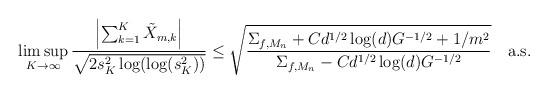
LaTeX: \begin{align*} \limsup_{K\to\infty}\frac{\left|\sum_{k=1}^K\tilde{X}_{m,k}\right|}{\sqrt{2s_K^2\log(\log(s_K^2))}}\leq\sqrt{\frac{\Sigma_{f,M_n}+Cd^{1/2}\log(d)G^{-1/2}+1/m^2}{\Sigma_{f,M_n}-Cd^{1/2}\log(d)G^{-1/2}}} \quad\textnormal{a.s.}\end{align*}